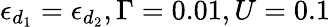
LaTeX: \epsilon_{d_{1}}=\epsilon_{d_{2}},\Gamma=0.01,U=0.1